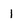
Character: l